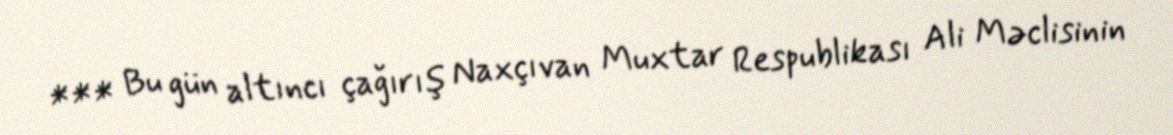
*** Bu gün altıncı çağırış Naxçıvan Muxtar Respublikası Ali Məclisinin